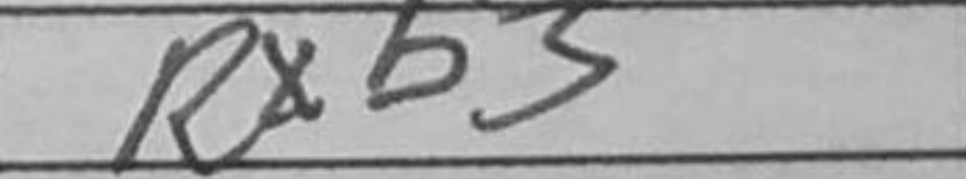
Transcription: Rxb3